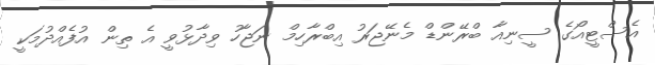
އެސްޓީއޯގެ ސީނިއާ ބްރޭންޑް މެނޭޖަރު އިބްރާހިމް ނަޖާހު ވިދާޅުވީ އެ ތިން އުފެއްދުމަކީ